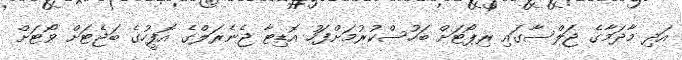
އަދި މާދަމާގެ ޖަލްސާގައި ރިޕޯޓަށް ބަހުސްކުރުމަށްފަހު އޮޑިޓާ ޖެނެރަލްގެ އޮފީހުގެ ބަޖެޓަށް ވޯޓަށް